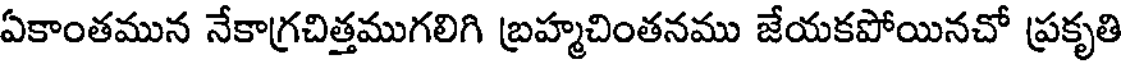
ఏకాంతమున నేకాగ్రచిత్తముగలిగి బ్రహ్మచింతనము జేయకపోయినచో ప్రకృతి